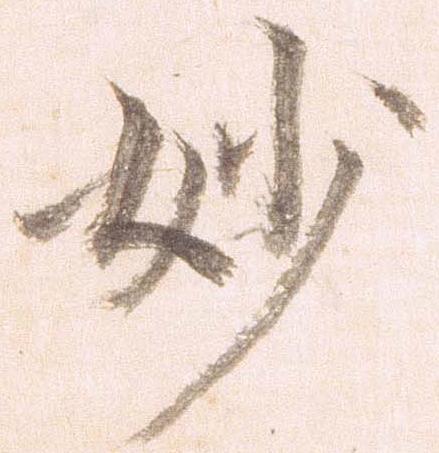
妙